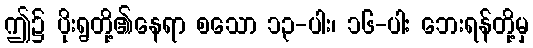
ဤ၌ ပိုးရွတို့၏နေရာ စသော ၁၃-ပါး၊ ၁၆-ပါး ဘေးရန်တို့မှ